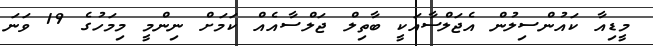
މީޑިއާ ކައުންސިލުން އެޖަލްސާއަކީ ބާތިލް ޖަލްސާއެއް ކަމަށް ނިންމީ މިމަހުގެ 19 ވަނަ